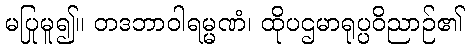
မပြုမူ၍။ တဒဘာဝါရမ္မဏံ၊ ထိုပဌမာရုပ္ပဝိညာဉ်၏